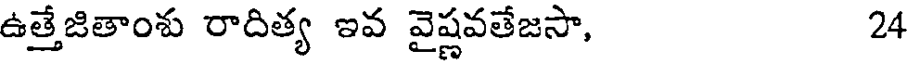
ఉత్తేజితాంశు రాదిత్య ఇవ వైష్ణవతేజసా, 24